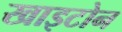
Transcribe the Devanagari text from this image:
खाइटोन